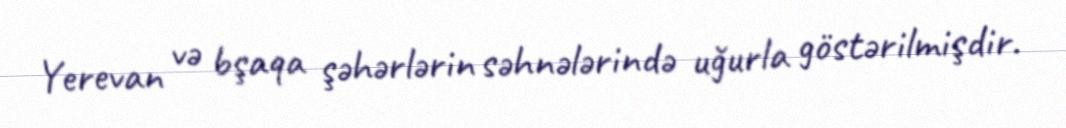
Yerevan və bşaqa şəhərlərin səhnələrində uğurla göstərilmişdir.